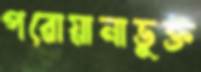
পরোয়ানাভুক্ত